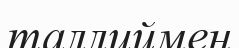
таллиймен